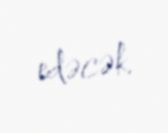
edəcək.